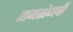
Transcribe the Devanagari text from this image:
रामशेजची